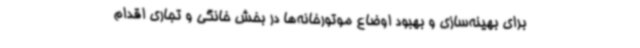
برای بهینه‌سازی و بهبود اوضاع موتورخانه‌ها در بخش خانگی و تجاری اقدام